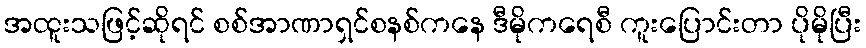
အထူးသဖြင့်ဆိုရင် စစ်အာဏာရှင်စနစ်ကနေ ဒီမိုကရေစီ ကူးပြောင်းတာ ပိုမိုပြီး